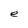
Character: e